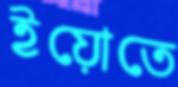
ইয়োতে